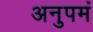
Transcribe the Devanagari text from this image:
अनुपमं